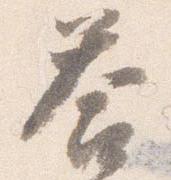
答